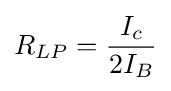
R_{LP}={\frac {I_{c}}{2I_{B}}}